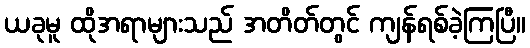
ယခုမူ ထိုအရာများသည် အတိတ်တွင် ကျန်ရစ်ခဲ့ကြပြီ။